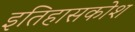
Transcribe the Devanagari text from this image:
इतिहासकोश